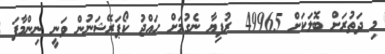
މި ދަތުރަށް ބޮލަކަށް 49965 ރުފިޔާ ނެގުމަށް ހައްޖު ކޯޕަރޭޝަނުން ވަނީ ނިންމާފަ